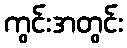
ကွင်းအတွင်း